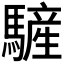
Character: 𩥮